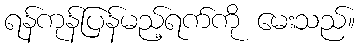
ရန်ကုန်ပြန်မည့်ရက်ကို မေးသည်။